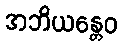
အဘိယန္တေဝ